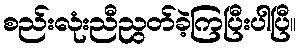
စည်းလုံးညီညွတ်ခဲ့ကြပြီးပါပြီ။